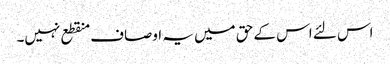
اس لئے اس کے حق میں یہ اوصاف منقطع نہیں۔